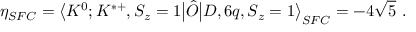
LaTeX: \eta _ { S F C } = \big \langle K ^ { 0 } ; K ^ { * + } , S _ { z } = 1 \big | \hat { O } \big | D , 6 q , S _ { z } = 1 \big \rangle _ { S F C } = - 4 \sqrt { 5 } \ .